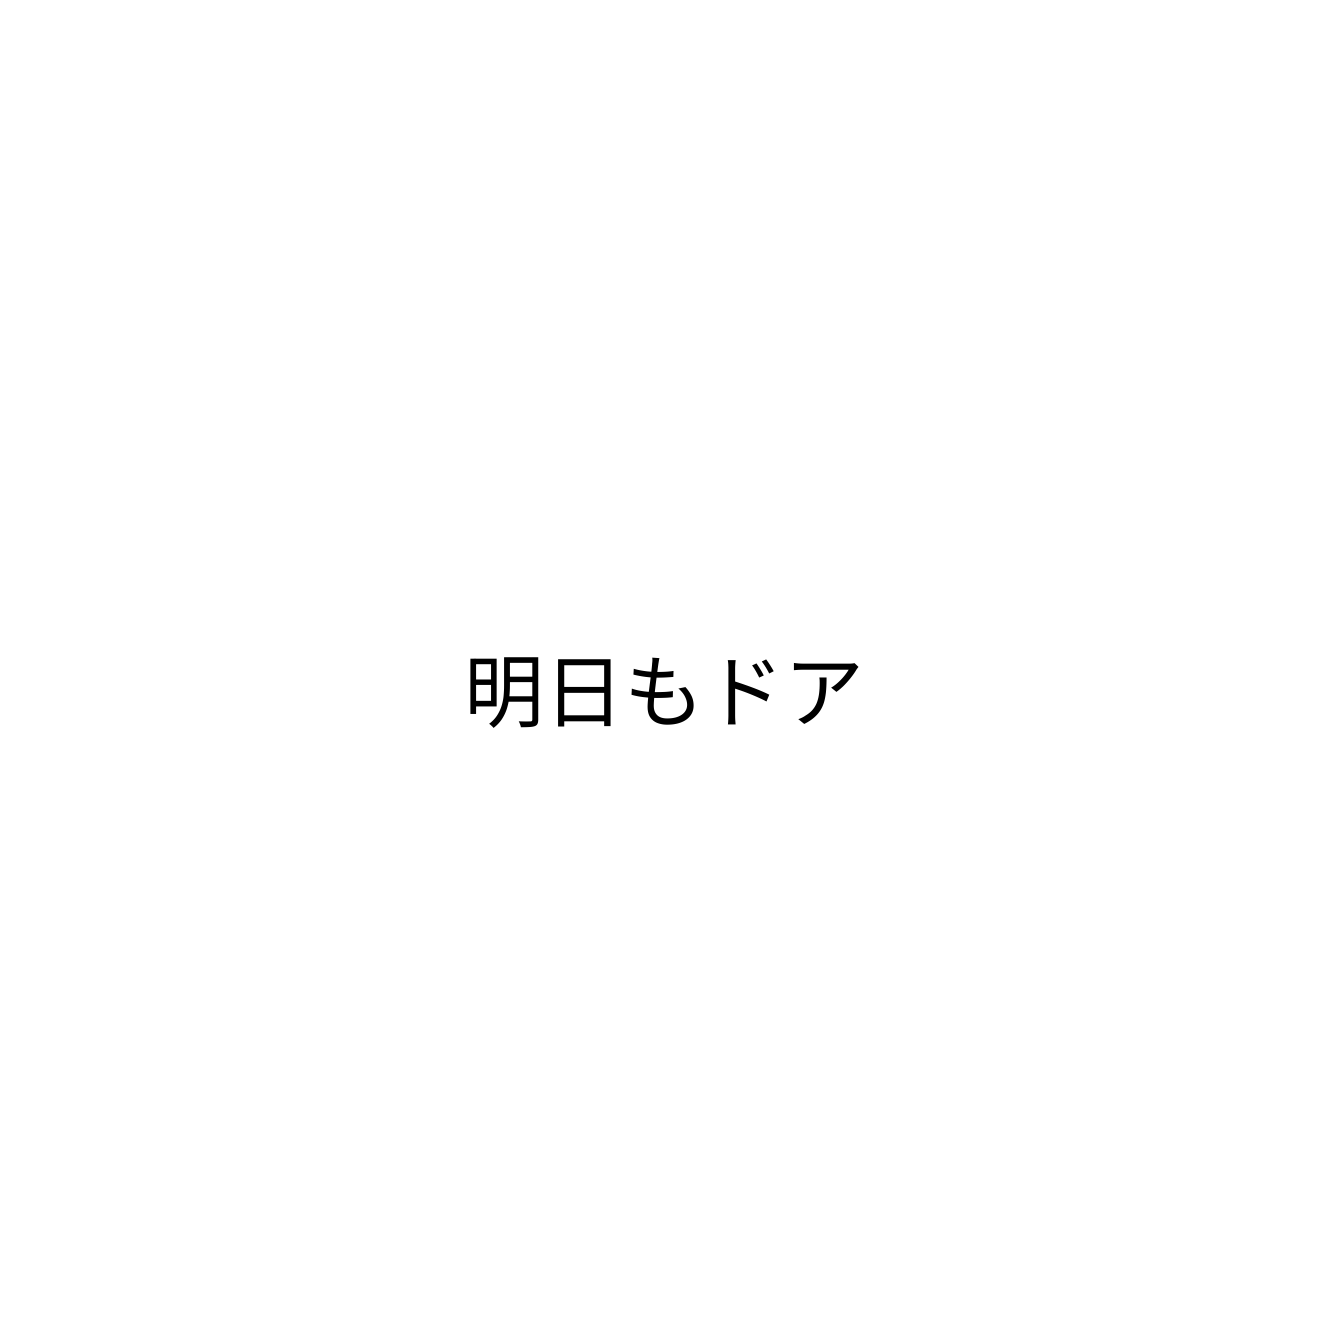
明日もドア